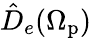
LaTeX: \hat{D}_{e}(\Omega_{\mathrm{p}})